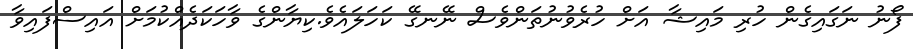
ފޯނު ނަގައިގެން ހުރި މައިޝާ އަށް ހުރެވުނުތަންވެސް ނޭނގޭ ކަހަލައެވެ.ކިޔާންގެ ވާހަކަދެއްކުމަށް އައިސްފައިވާ